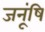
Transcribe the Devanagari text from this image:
जनूंषि